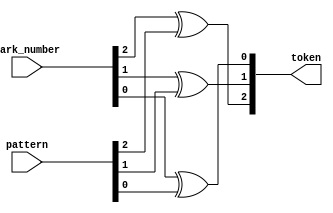
`timescale 1ns / 1ns
//////////////////////////////////////////////////////////////////////////////////
// Company: 
// Engineer: 
// 
// Design Name: 
// Module Name:    token_production 
// Project Name: 
// Target Devices: 
// Tool versions: 
// Description: 
//
// Dependencies: 
//
// Revision: 
// Revision 0.01 - File Created
// Additional Comments: 
//
//////////////////////////////////////////////////////////////////////////////////
module token_production(
    park_number,
    pattern,
    token
    );
input [2:0] park_number;
input [2:0] pattern;
output [2:0] token;
assign token[2] = park_number[2] ^ pattern[2],
	token[1] = park_number[1] ^ pattern[1],
	token[0] = park_number[0] ^ pattern[0];

endmodule